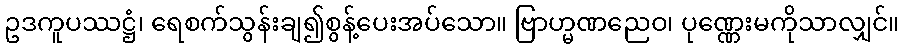
ဥဒကူပဿဋ္ဌံ၊ ရေစက်သွန်းချ၍စွန့်ပေးအပ်သော။ ဗြာဟ္မဏညေဝ၊ ပုဏ္ဏေးမကိုသာလျှင်။